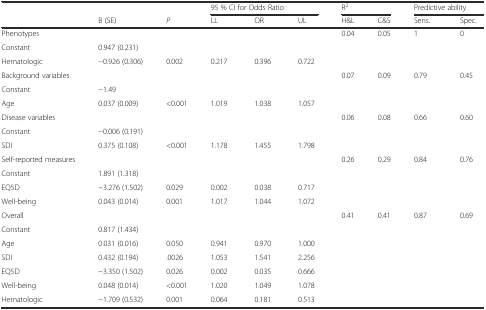
<table><thead><tr><td></td><td></td><td></td><td colspan="3"><b>95 % CI for Odds Ratio</b></td><td colspan="2"><b>R<sup>2</sup></b></td><td colspan="2"><b>Predictive ability</b></td></tr><tr><td></td><td><b>B (SE)</b></td><td><b><i>P</i></b></td><td><b>LL</b></td><td><b>OR</b></td><td><b>UL</b></td><td><b>H&amp;L</b></td><td><b>C&amp;S</b></td><td><b>Sens.</b></td><td><b>Spec.</b></td></tr></thead><tbody><tr><td>Phenotypes</td><td></td><td></td><td></td><td></td><td></td><td>0.04</td><td>0.05</td><td>1</td><td>0</td></tr><tr><td>Constant</td><td>0.947 (0.231)</td><td></td><td></td><td></td><td></td><td></td><td></td><td></td><td></td></tr><tr><td>Hematologic</td><td>−0.926 (0.306)</td><td>0.002</td><td>0.217</td><td>0.396</td><td>0.722</td><td></td><td></td><td></td><td></td></tr><tr><td>Background variables</td><td></td><td></td><td></td><td></td><td></td><td>0.07</td><td>0.09</td><td>0.79</td><td>0.45</td></tr><tr><td>Constant</td><td>−1.49</td><td></td><td></td><td></td><td></td><td></td><td></td><td></td><td></td></tr><tr><td>Age</td><td>0.037 (0.009)</td><td>&lt;0.001</td><td>1.019</td><td>1.038</td><td>1.057</td><td></td><td></td><td></td><td></td></tr><tr><td>Disease variables</td><td></td><td></td><td></td><td></td><td></td><td>0.06</td><td>0.08</td><td>0.66</td><td>0.60</td></tr><tr><td>Constant</td><td>−0.006 (0.191)</td><td></td><td></td><td></td><td></td><td></td><td></td><td></td><td></td></tr><tr><td>SDI</td><td>0.375 (0.108)</td><td>&lt;0.001</td><td>1.178</td><td>1.455</td><td>1.798</td><td></td><td></td><td></td><td></td></tr><tr><td>Self-reported measures</td><td></td><td></td><td></td><td></td><td></td><td>0.26</td><td>0.29</td><td>0.84</td><td>0.76</td></tr><tr><td>Constant</td><td>1.891 (1.318)</td><td></td><td></td><td></td><td></td><td></td><td></td><td></td><td></td></tr><tr><td>EQ5D</td><td>−3.276 (1.502)</td><td>0.029</td><td>0.002</td><td>0.038</td><td>0.717</td><td></td><td></td><td></td><td></td></tr><tr><td>Well-being</td><td>0.043 (0.014)</td><td>0.001</td><td>1.017</td><td>1.044</td><td>1.072</td><td></td><td></td><td></td><td></td></tr><tr><td>Overall</td><td></td><td></td><td></td><td></td><td></td><td>0.41</td><td>0.41</td><td>0.87</td><td>0.69</td></tr><tr><td>Constant</td><td>0.817 (1.434)</td><td></td><td></td><td></td><td></td><td></td><td></td><td></td><td></td></tr><tr><td>Age</td><td>0.031 (0.016)</td><td>0.050</td><td>0.941</td><td>0.970</td><td>1.000</td><td></td><td></td><td></td><td></td></tr><tr><td>SDI</td><td>0.432 (0.194)</td><td>.0026</td><td>1.053</td><td>1.541</td><td>2.256</td><td></td><td></td><td></td><td></td></tr><tr><td>EQ5D</td><td>−3.350 (1.502)</td><td>0.026</td><td>0.002</td><td>0.035</td><td>0.666</td><td></td><td></td><td></td><td></td></tr><tr><td>Well-being</td><td>0.048 (0.014)</td><td>&lt;0.001</td><td>1.020</td><td>1.049</td><td>1.078</td><td></td><td></td><td></td><td></td></tr><tr><td>Hematologic</td><td>−1.709 (0.532)</td><td>0.001</td><td>0.064</td><td>0.181</td><td>0.513</td><td></td><td></td><td></td><td></td></tr></tbody></table>